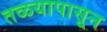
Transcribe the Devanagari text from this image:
तळयापासून